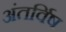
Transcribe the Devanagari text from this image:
अंतर्विष